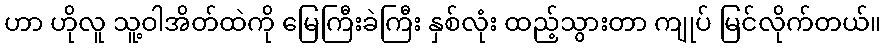
ဟာ ဟိုလူ သူ့ဝါအိတ်ထဲကို မြေကြီးခဲကြီး နှစ်လုံး ထည့်သွားတာ ကျုပ် မြင်လိုက်တယ်။